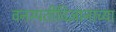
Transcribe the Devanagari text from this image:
वनस्पतीविज्ञानाच्या